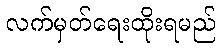
လက်မှတ်ရေးထိုးရမည်